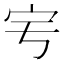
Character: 𡧈